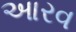
આરવ